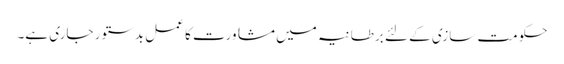
حکومت سازی کے لئے برطانیہ میں مشاورت کا عمل بدستور جاری ہے۔